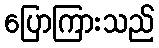
ပြောကြားသည်